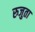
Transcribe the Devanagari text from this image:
रुजुता